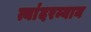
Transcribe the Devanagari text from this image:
त्यांदरम्यान